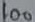
Text: 100